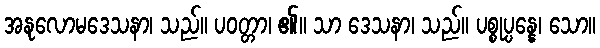
အနုလောမဒေသနာ၊ သည်။ ပဝတ္တာ၊ ၏။ သာ ဒေသနာ၊ သည်။ ပစ္စုပ္ပန္နေ၊ သော။